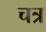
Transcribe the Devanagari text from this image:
चत्र